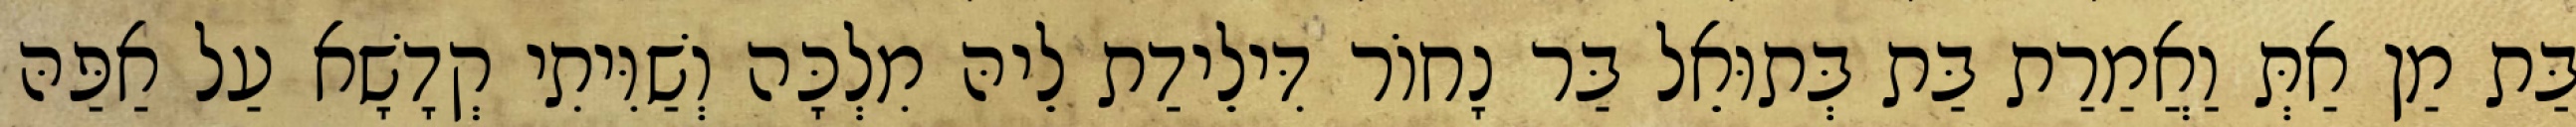
בַּת מַן אַתְּ וַאֲמַרַת בַּת בְּתוּאֵל בַּר נָחוֹר דִּילֵידַת לֵיהּ מִלְכָּה וְשַׁוִּיתִי קְדָשָׁא עַל אַפַּהּ